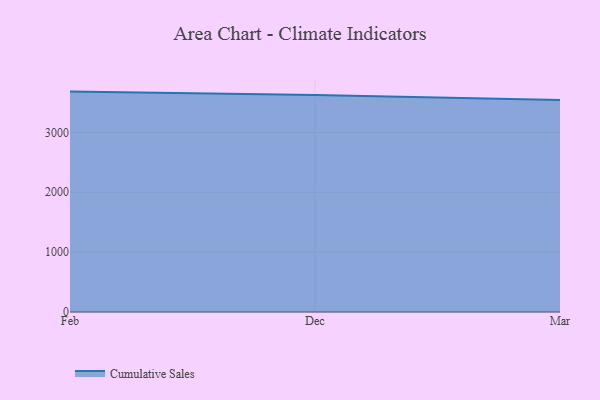
{"axis": {"x": "Month", "y": "Net Income (USD K)"}, "legend": ["Cumulative Sales"], "data": [{"x": "Feb", "y": 3680.6, "type": "Cumulative Sales"}, {"x": "Dec", "y": 3624.4, "type": "Cumulative Sales"}, {"x": "Mar", "y": 3542.3, "type": "Cumulative Sales"}]}